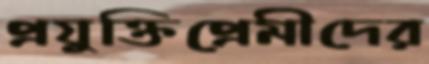
প্রযুক্তিপ্রেমীদের